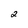
Character: 2